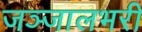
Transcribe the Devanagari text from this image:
जञ्जालभरी